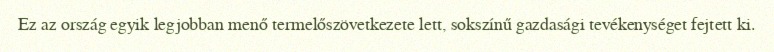
Ez az ország egyik legjobban menő termelőszövetkezete lett, sokszínű gazdasági tevékenységet fejtett ki.